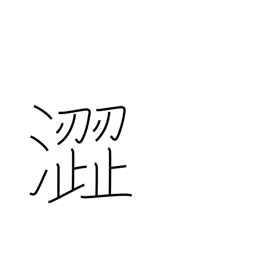
Meaning: harsh